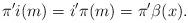
LaTeX: \begin{align*}\pi'i(m)=i'\pi(m) = \pi'\beta(x).\end{align*}